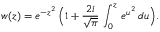
w ( z ) = e ^ { - z ^ { 2 } } \, \Big ( 1 + \frac { 2 i } { \sqrt { \pi } } \, \int _ { 0 } ^ { z } \, e ^ { u ^ { 2 } } \, d u \Big ) .